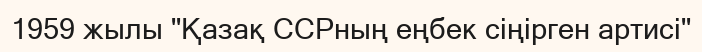
1959 жылы "Қазақ ССРның еңбек сіңірген артисі"